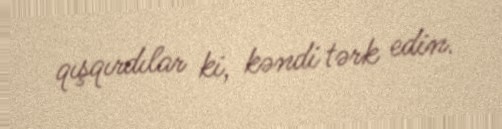
qışqırdılar ki, kəndi tərk edin.